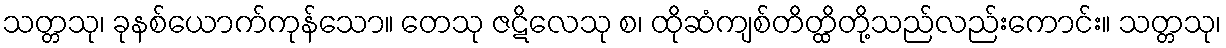
သတ္တသု၊ ခုနစ်ယောက်ကုန်သော။ တေသု ဇဋိလေသု စ၊ ထိုဆံကျစ်တိတ္ထိတို့သည်လည်းကောင်း။ သတ္တသု၊